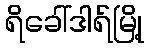
ရိခေါ်ဒါရ်မြို့